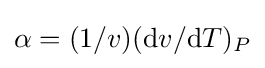
\alpha =(1/v)(\mathrm {d} v/\mathrm {d} T)_{P}